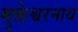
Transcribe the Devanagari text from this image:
मुक्तेश्वरनाथ